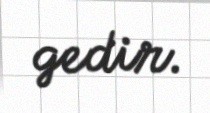
gedir.